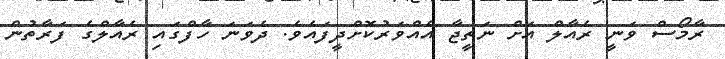
ރާމޯސް ވަނީ ރެއާލް އަށް ނަތީޖާ އެއްވަރުކޮށްދީފައެވެ. ދެވަނަ ހާފްގައި ރެއާލްގެ ފަރާތުން